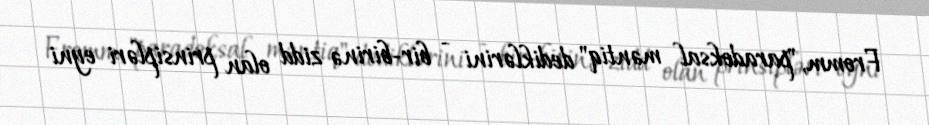
Fromm, "paradoksal məntiq" dediklərini - bir-birinə zidd olan prinsipləri eyni